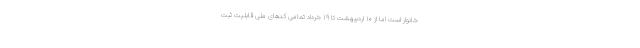
خانوار است اما از ۱۰ اردیبهشت تا ۱۹ خرداد تمامی کدهای ملی قابلیت ثبت